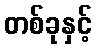
တစ်ခုနှင့်